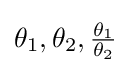
\theta _{1},\theta _{2},{\tfrac {\theta _{1}}{\theta _{2}}}